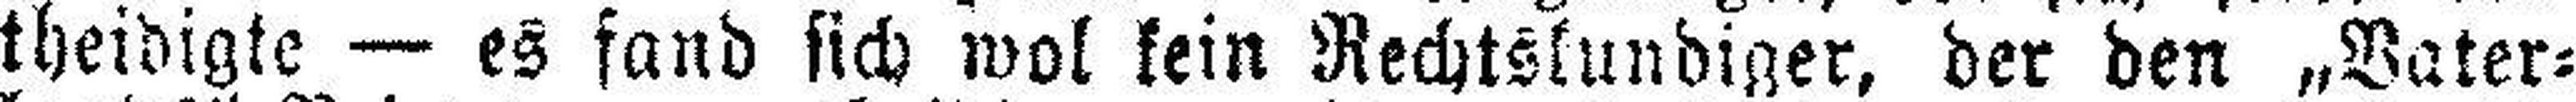
theidigte — es fand sich wol kein Rechtskundiger, der den „Vater¬